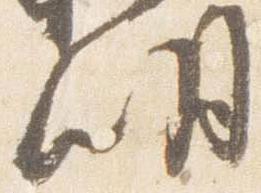
明